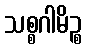
သစ္စဂါမိဉ္စ